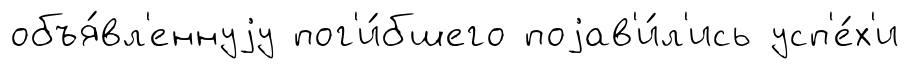
объя́вл'еннуjу пог'и́бшего поjав'и́л'ись усп'е́х'и